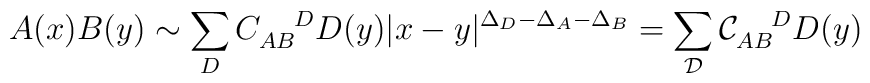
A(x) B(y)\sim \sum_{D}C_{AB}^{\;\;\;\;\;D} D(y)|x-y|^{\Delta_D-\Delta_A -\Delta_B}= \sum_{{\mathcal{D}}}{\mathcal{C}}_{AB}^{\;\;\;\;\;D} D(y)